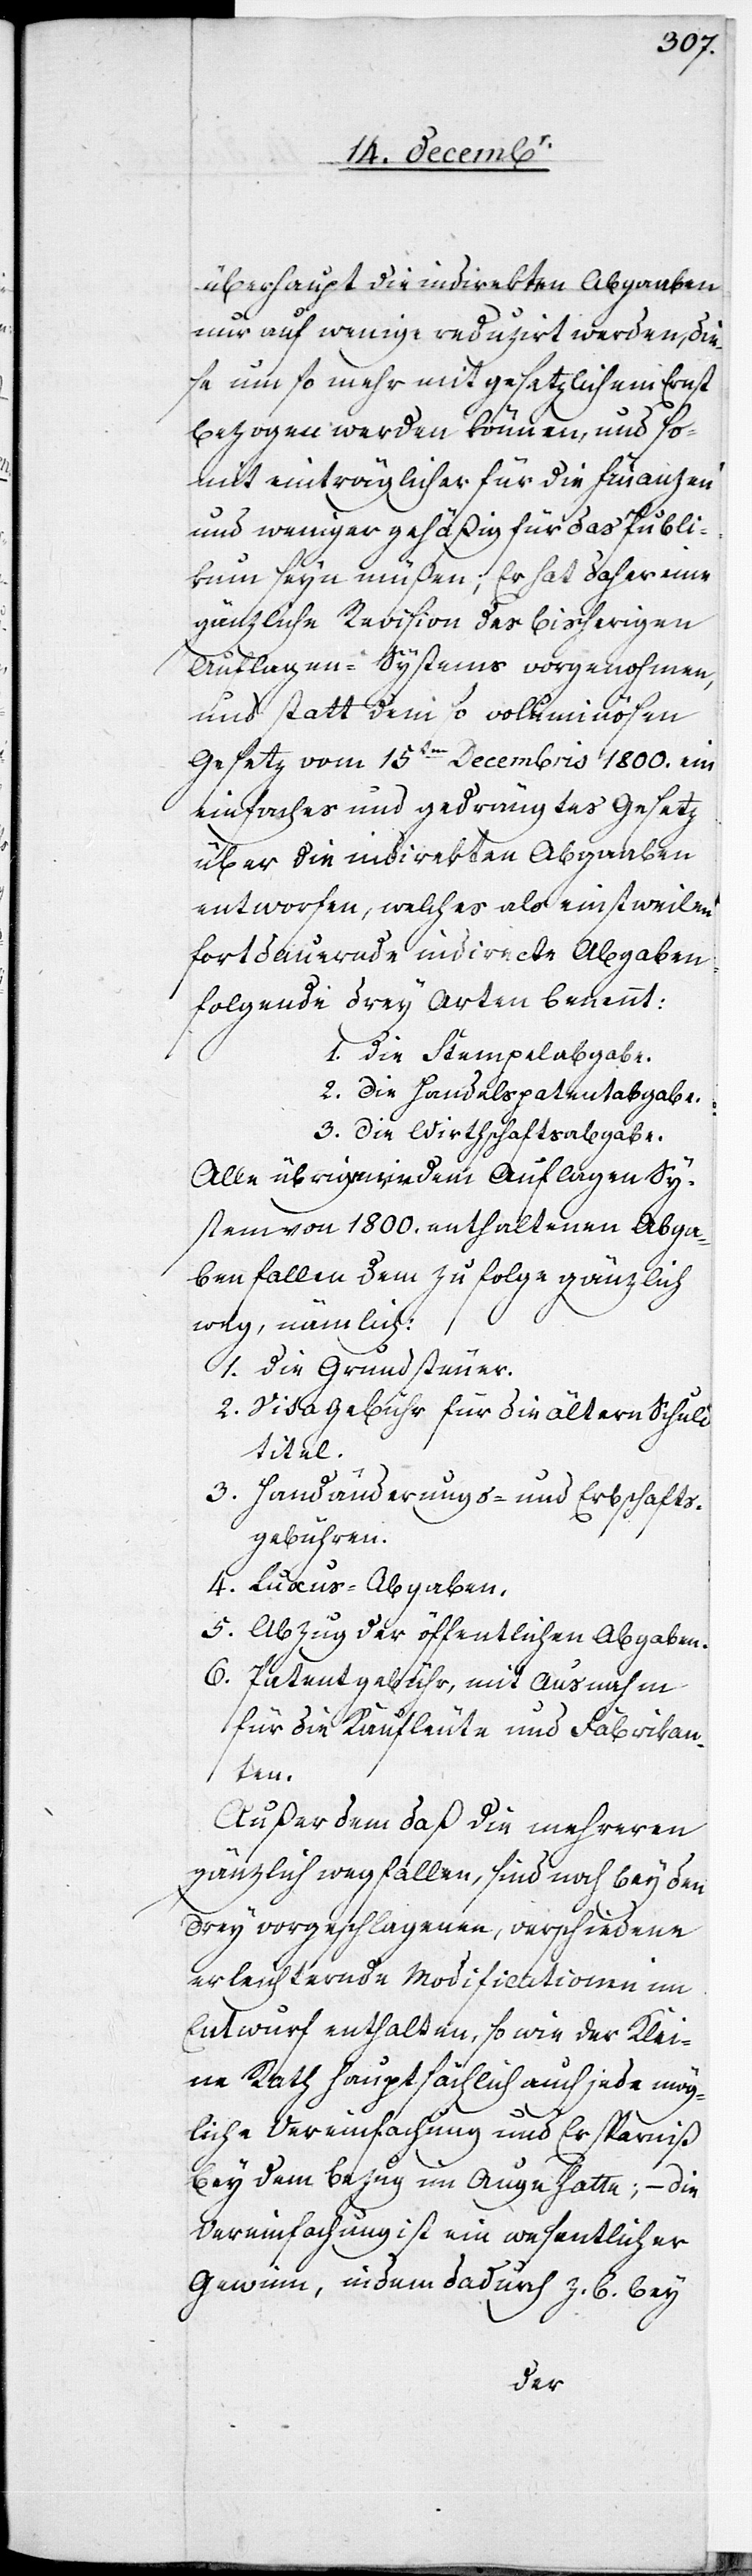
überhaupt die indirekten Abgaaben
nur auf wenige reduzirt werden, die¬
se um so mehr mit gesetzlichem Ernst
bezogen werden können, und so¬
mit einträglicher für die Finanzen
und weniger gehäßig für das Publi¬
kum seyn müßen; Er hat daher eine
gänzliche Revision des bisherigen
Auflagen-Systems vorgenohmen,
und statt dem so voluminösen
Gesetz vom 15ten Decembris 1800. ein
einfaches und gedrängtes Gesetz
über die indirekten Abgaaben
entworfen, welches als einstweilen
fortdauernde indirecte Abgaben
folgende drey Arten benennt:
1. die Stempelabgabe.
2. die Handelspatentabgabe.
3. die Wirthschaftabgabe.
Alle übrigen, in dem Auflagen[-]Sy¬
stem von 1800. enthaltenen Abga¬
ben fallen dem zu folge gänzlich
weg, nämlich:
1. die Grundsteuer.
2. Visa[-]Gebühr für die ältern Schuld¬
titel.
3. Handänderungs- und Erbschafts¬
gebühren.
4. Luxus-Abgaben.
5. Abzug der öffentlichen Abgaben.
6. Patentgebühr, mit Ausnahm
für die Kaufleute und Fabrikan¬
ten.
Außerdem daß die mehreren
gänzlich wegfallen, sind noch bey den
drey vorgeschlagenen, verschiedene
erleichternde Modificationen im
Entwurf enthalten, so wie der Klei¬
ne Rath hauptsächlich auf jede mög¬
liche Vereinfachung und Ersparniß
bey dem Bezug im Auge hatte; – die
Vereinfachung ist ein wesentlicher
Gewinn, indem dadurch z. B. bey